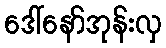
ဒေါ်နော်အုန်းလှ